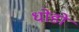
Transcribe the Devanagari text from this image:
धोडो